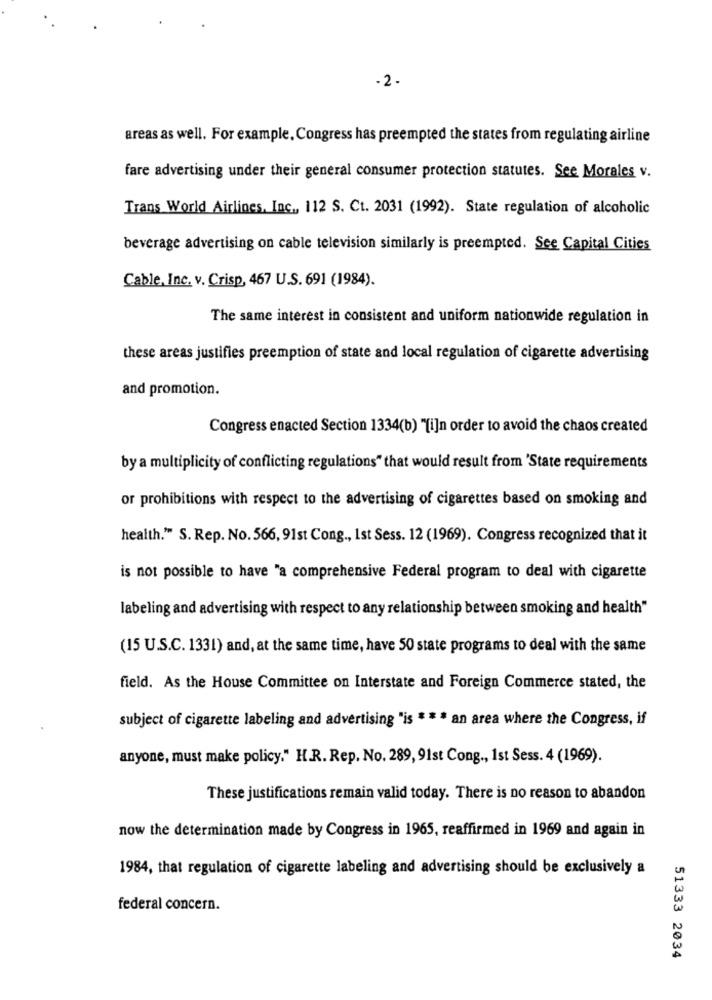
- 2 -
areas as well. For example, Congress has preempted the states from regulating airline
fare advertising under their general consumer protection statutes. See Morales v.
Trans World Airlines, Inc ., 112 S. Ct. 2031 (1992). State regulation of alcoholic
beverage advertising on cable television similarly is preempted. See Capital Cities
Cable, Inc. v. Crisp, 467 U.S. 691 (1984).
The same interest in consistent and uniform nationwide regulation in
these areas justifies preemption of state and local regulation of cigarette advertising
and promotion.
Congress enacted Section 1334(b) "[i]n order to avoid the chaos created
by a multiplicity of conflicting regulations" that would result from 'State requirements
or prohibitions with respect to the advertising of cigarettes based on smoking and
health." S. Rep. No. 566, 91st Cong ., Ist Sess. 12 (1969). Congress recognized that it
is not possible to have "a comprehensive Federal program to deal with cigarette
labeling and advertising with respect to any relationship between smoking and health"
(15 U.S.C. 1331) and, at the same time, have 50 state programs to deal with the same
field. As the House Committee on Interstate and Foreign Commerce stated, the
subject of cigarette labeling and advertising "is * * * an area where the Congress, if
anyone, must make policy." H.R. Rep. No. 289, 91st Cong ., 1st Sess. 4 (1969).
These justifications remain valid today. There is no reason to abandon
now the determination made by Congress in 1965, reaffirmed in 1969 and again in
1984, that regulation of cigarette labeling and advertising should be exclusively a
federal concern.
51333 2034